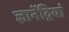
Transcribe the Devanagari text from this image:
ज्ञानेंद्रियां